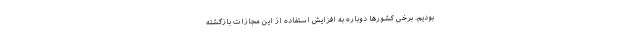
بودیم. برخی کشورها دوباره به افزایش استفاده از این مجازات بازگشته